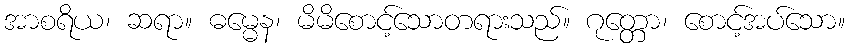
အာစရိယ၊ ဆရာ။ ဓမ္မေန၊ မိမိစောင့်သောတရားသည်။ ဂုတ္တော၊ စောင့်အပ်သော။